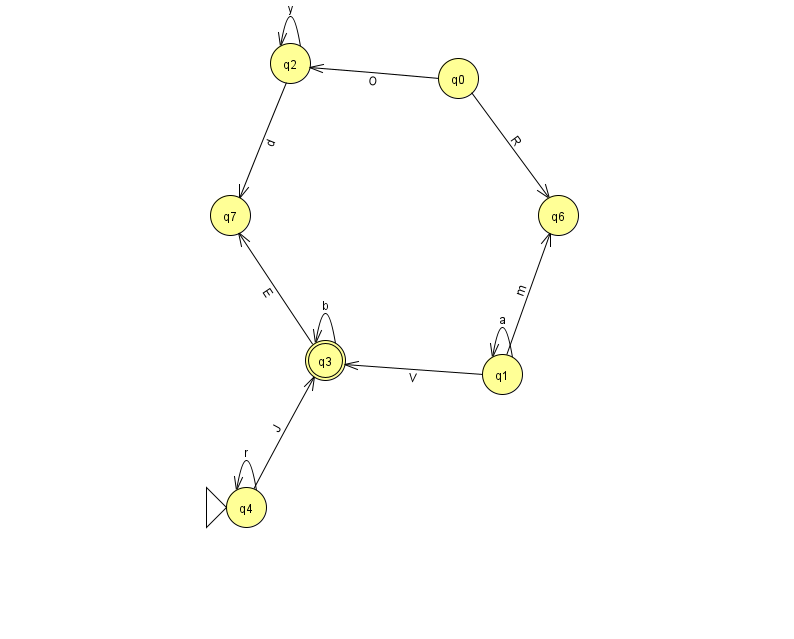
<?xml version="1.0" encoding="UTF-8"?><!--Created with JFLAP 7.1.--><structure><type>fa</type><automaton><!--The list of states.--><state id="0" name="q0"><x>458.0</x><y>65.0</y></state><state id="1" name="q1"><x>502.0</x><y>361.0</y></state><state id="2" name="q2"><x>290.0</x><y>50.0</y></state><state id="3" name="q3"><x>325.0</x><y>347.0</y><final/></state><state id="4" name="q4"><x>246.0</x><y>494.0</y><initial/></state><state id="6" name="q6"><x>558.0</x><y>202.0</y></state><state id="7" name="q7"><x>230.0</x><y>202.0</y></state><!--The list of transitions.--><transition><from>0</from><to>2</to><read>O</read></transition><transition><from>0</from><to>6</to><read>R</read></transition><transition><from>1</from><to>1</to><read>a</read></transition><transition><from>3</from><to>3</to><read>b</read></transition><transition><from>4</from><to>4</to><read>r</read></transition><transition><from>1</from><to>6</to><read>m</read></transition><transition><from>4</from><to>3</to><read>J</read></transition><transition><from>3</from><to>7</to><read>E</read></transition><transition><from>2</from><to>2</to><read>y</read></transition><transition><from>2</from><to>7</to><read>d</read></transition><transition><from>1</from><to>3</to><read>V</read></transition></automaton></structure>